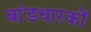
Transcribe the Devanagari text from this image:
बांडधारकों